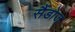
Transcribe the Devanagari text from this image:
सैंडोज